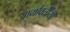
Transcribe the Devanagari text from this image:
आर्यावर्तीयों